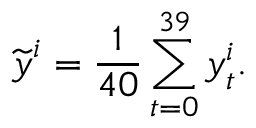
\widetilde { \boldsymbol y } ^ { i } = \frac { 1 } { 4 0 } \sum _ { t = 0 } ^ { 3 9 } \boldsymbol y _ { t } ^ { i } .